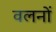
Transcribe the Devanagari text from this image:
वलनों